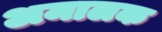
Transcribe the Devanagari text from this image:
अमालक